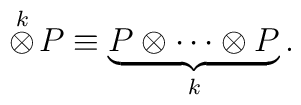
\stackrel{k}{\otimes} \! P \equiv \underbrace{P \otimes \cdots \otimes P}_k.